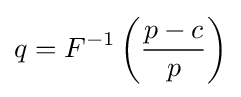
q=F^{-1}\left({\frac {p-c}{p}}\right)